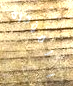
المؤخرة